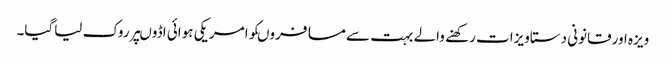
ویزہ اورقانونی دستاویزات رکھنے والے بہت سے مسافروںکوامریکی ہوائی اڈوںپرروک لیاگیا۔